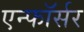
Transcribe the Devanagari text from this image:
एन्फाॅर्सर